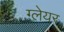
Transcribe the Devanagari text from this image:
ग्‍लेयर